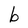
Character: b